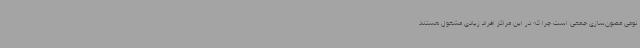
نوعی مصون‌سازی جمعی است چرا که در این مراکز افراد زیادی مشغول هستند